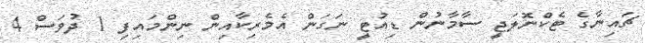
ޗައިނާގެ ޓެކްނޮލަޖީ ސާމާނުން ޑިއުޓީ ނަގަން އެމެރިކާއިން ނިންމައިފި 1 ދުވަސް 4